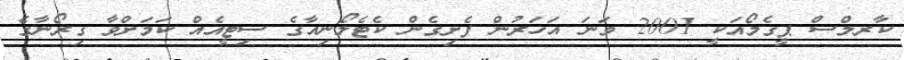
ކާރލްސް ޕީގެމޯއަކީ 2001 ވަނަ އަހަރުން ފެށިގެން ކެޓެލޯނިއާގެ ސިޓީއެއް ކަމަށްވާ ގިރޯނާގެ